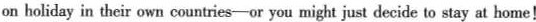
on holiday in their own countries-or you might just decide to stay at home!